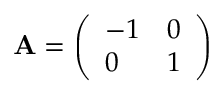
\mathbf { A } = { \left( \begin{array} { l l } { - 1 } & { 0 } \\ { 0 } & { 1 } \end{array} \right) }